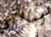
اسألني